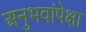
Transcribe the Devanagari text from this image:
अनुभवांपेक्षा